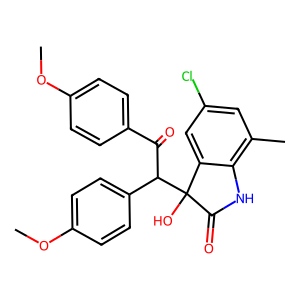
SMILES: COc1ccc(C(=O)C(c2ccc(OC)cc2)C2(O)C(=O)Nc3c(C)cc(Cl)cc32)cc1
Inhibits HIV replication: No